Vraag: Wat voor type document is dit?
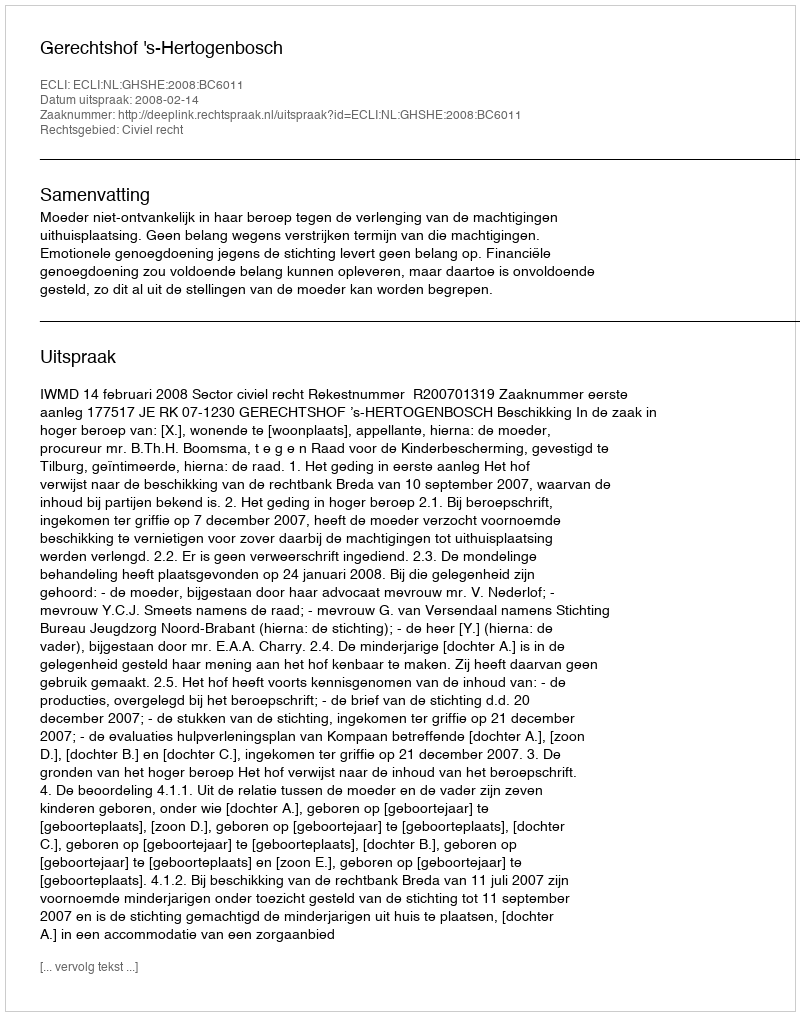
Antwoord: Uitspraak